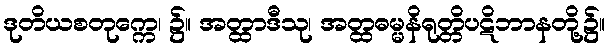
ဒုတိယစတုက္ကေ၊ ၌။ အတ္ထာဒီသု၊ အတ္ထဓမ္မနိရုတ္တိပဋိဘာနတို့၌။